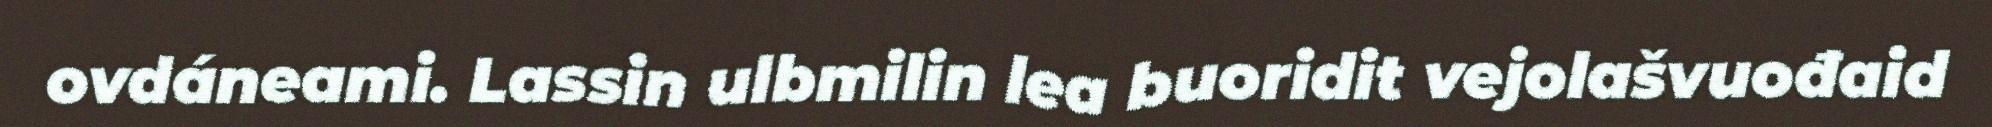
ovdáneami. Lassin ulbmilin lea buoridit vejolašvuođaid